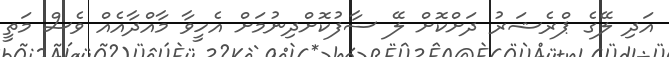
އަދި ލޭގެ ޕްރެޝަރު ދަށްކޮށް ލޭ ސާފުކޮށްދިނުމަށް އެހީވާ މާއްދާއެއް ވެސް މަތީ